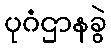
ပုဂံဌာနခွဲ